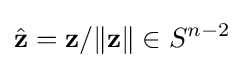
{\hat {\mathbf {z} }}=\mathbf {z} /\lVert \mathbf {z} \rVert \in S^{n-2}